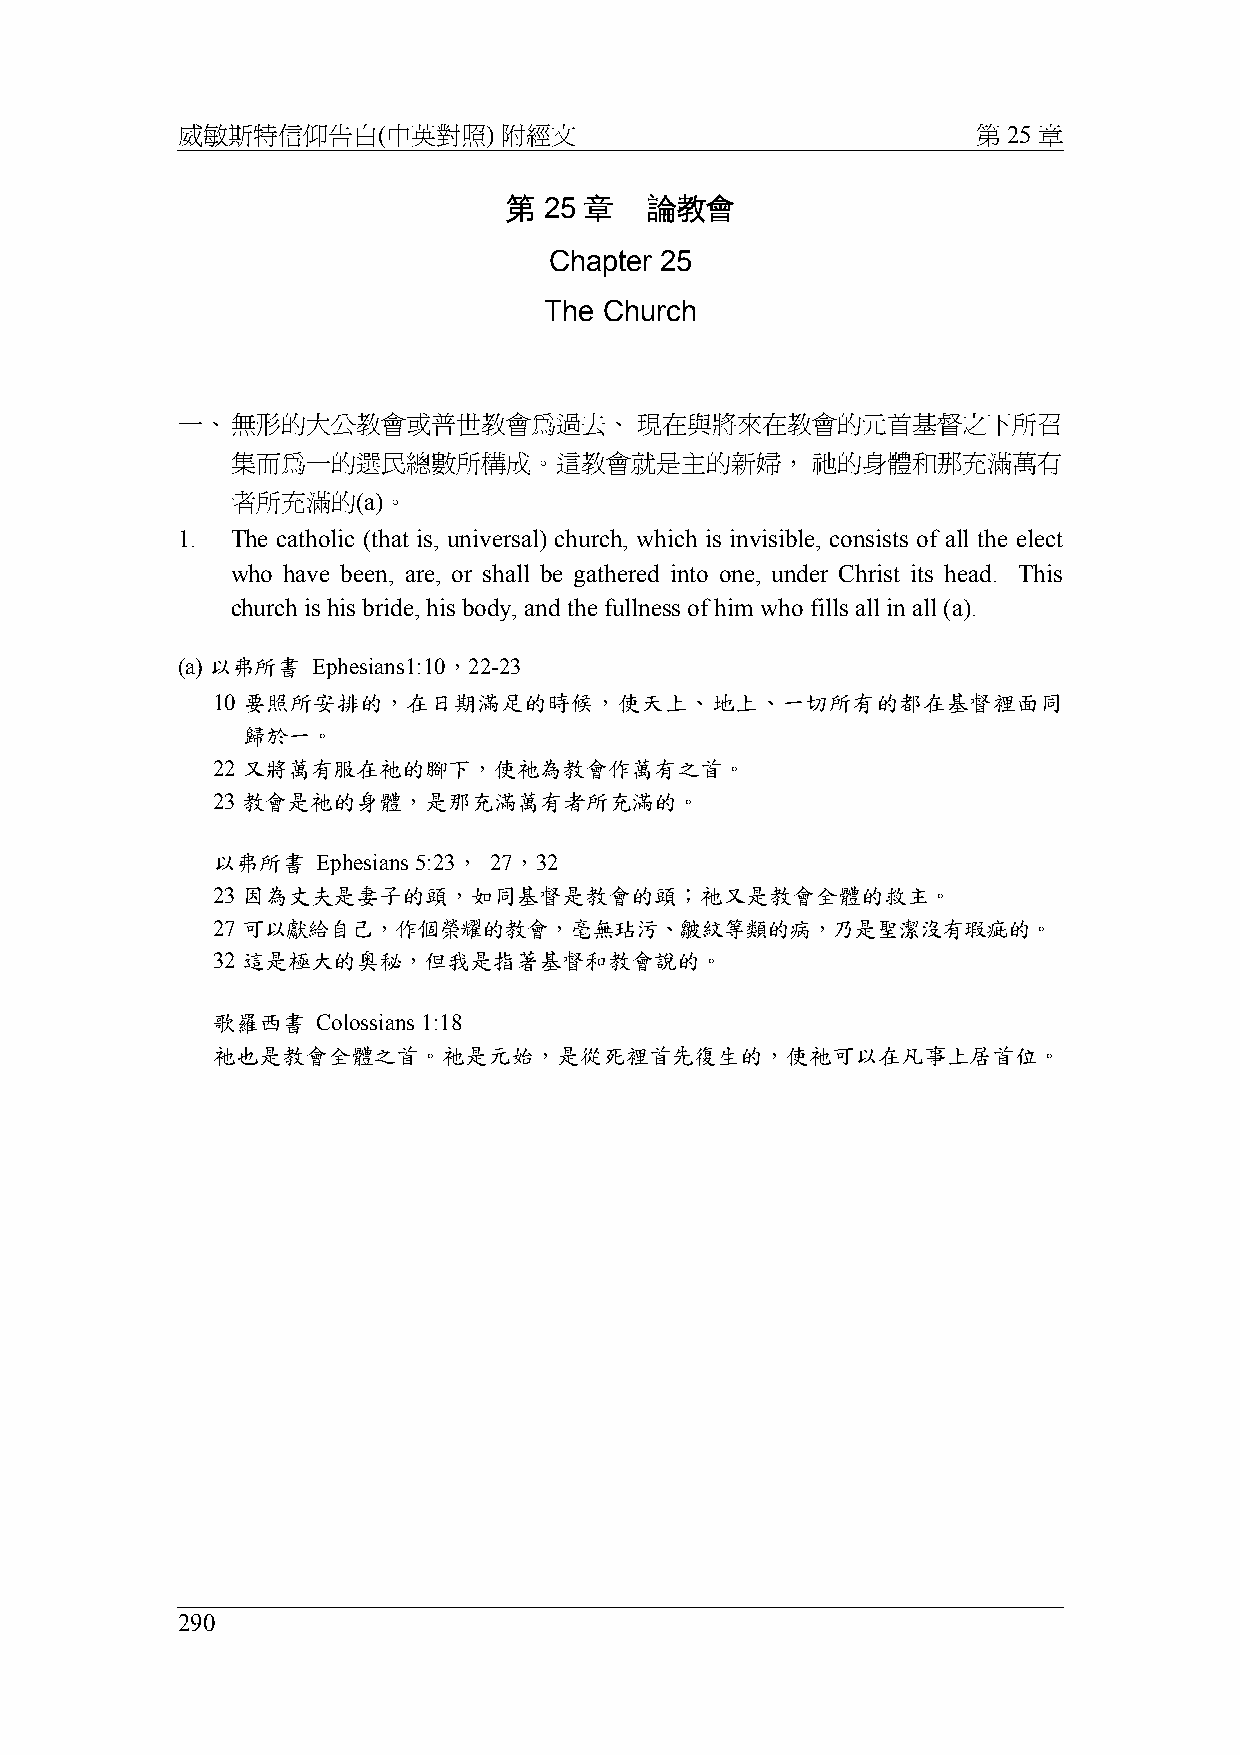
威敏斯特信仰告白(中英對照)       附經文                             第 25 章
 第  25 章   論教會
 Chapter 25
 The Church
 一、無形的大公教會或普世教會為過去、            現在與將來在教會的元首基督之下所召
 集而為一的選民總數所構成。這教會就是主的新婦，                祂的身體和那充滿萬有
 者所充滿的(a)。
 1. The catholic (that is, universal) church, which is invisible, consists of all the elect
 who have been, are, or shall be gathered into one, under Christ its head. This
 church is his bride, his body, and the fullness of him who fills all in all (a).
 (a) 以弗所書 Ephesians1:10，22-23
 10 要照所安排的，在日期滿足的時候，使天上、地上、一切所有的都在基督裡面同
 歸於一。
 22 又將萬有服在祂的腳下，使祂為教會作萬有之首。
 23 教會是祂的身體，是那充滿萬有者所充滿的。
 以弗所書   Ephesians 5:23， 27，32
 23 因為丈夫是妻子的頭，如同基督是教會的頭；祂又是教會全體的救主。
 27 可以獻給自己，作個榮耀的教會，毫無玷污、皺紋等類的病，乃是聖潔沒有瑕疵的。
 32 這是極大的奧秘，但我是指著基督和教會說的。
 歌羅西書   Colossians 1:18
 祂也是教會全體之首。祂是元始，是從死裡首先復生的，使祂可以在凡事上居首位。
 290